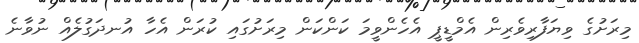
މިރަށުގެ ވިޔަފާރިވެރިން އެމްޑީޕީ އެހެންވީމަ ކަންކަން މިރަށުގައި ކުރަން އެހާ އުނދަގުލެއް ނުވާނެ